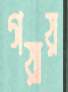
গয়ায়